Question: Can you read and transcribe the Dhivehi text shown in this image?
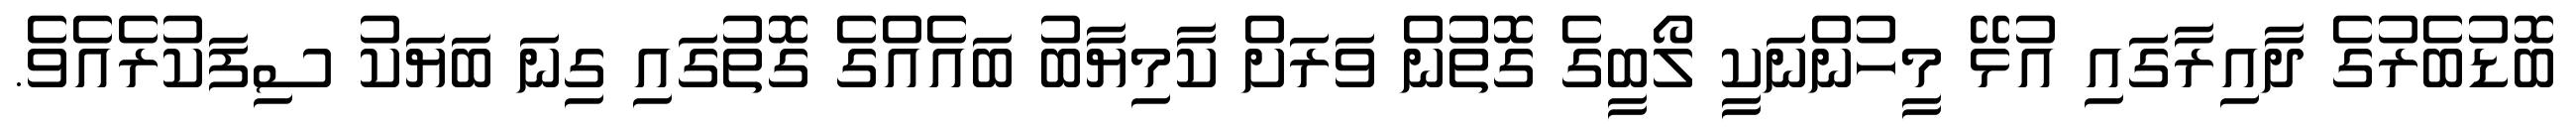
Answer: ބޮޑުބެރުގެ ދާއިރާގައި އުޅޭ މީހުންނަކީ ލޯބީގެ ގޮތުން ވަރަށް ކާމިޔާބު ބައެއްގެ ގޮތުގައި ގިނަ ބަޔަކު ސިފަކުރެއެވެ.